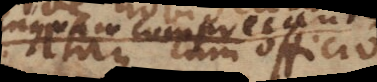
cum officio